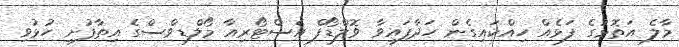
މާލެ އަތޮޅުގެ ފަޅެއް ހިއްކައިގެން ހަދާފައިވާ ވޮލްޑޯފް އެސްޓޯރިއާ މޯލްޑިވްސްގެ އިތާފުށި ހުޅުވި